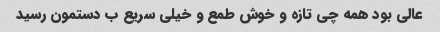
عالی بود همه چی تازه و خوش طمع و خیلی سریع ب دستمون رسید